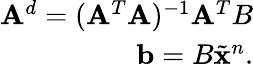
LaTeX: \begin{array}{r}{\mathbf{A}^{d}=(\mathbf{A}^{T}\mathbf{A})^{-1}\mathbf{A}^{T}B}\\ {\mathbf{b}=B\tilde{\mathbf{x}}^{n}.}\end{array}